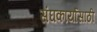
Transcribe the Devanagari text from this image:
संघकार्यासाठी